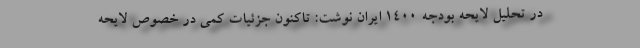
در تحلیل لایحه بودجه 1400 ایران نوشت: تاکنون جزئیات کمی در خصوص لایحه